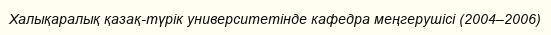
Халықаралық қазақ-түрік университетінде кафедра меңгерушісі (2004–2006)